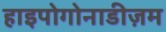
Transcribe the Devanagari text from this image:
हाइपोगोनाडीज़म